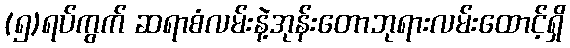
(၅)ရပ်ကွက် ဆရာစံလမ်းနဲ့အုန်းတောဘုရားလမ်းထောင့်ရှိ